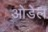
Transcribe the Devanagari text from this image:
ओडेल